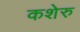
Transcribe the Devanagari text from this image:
कशेरु